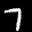
Label: 7